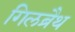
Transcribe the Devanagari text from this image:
गिलब्रैथ